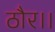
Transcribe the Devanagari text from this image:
ठौर।।